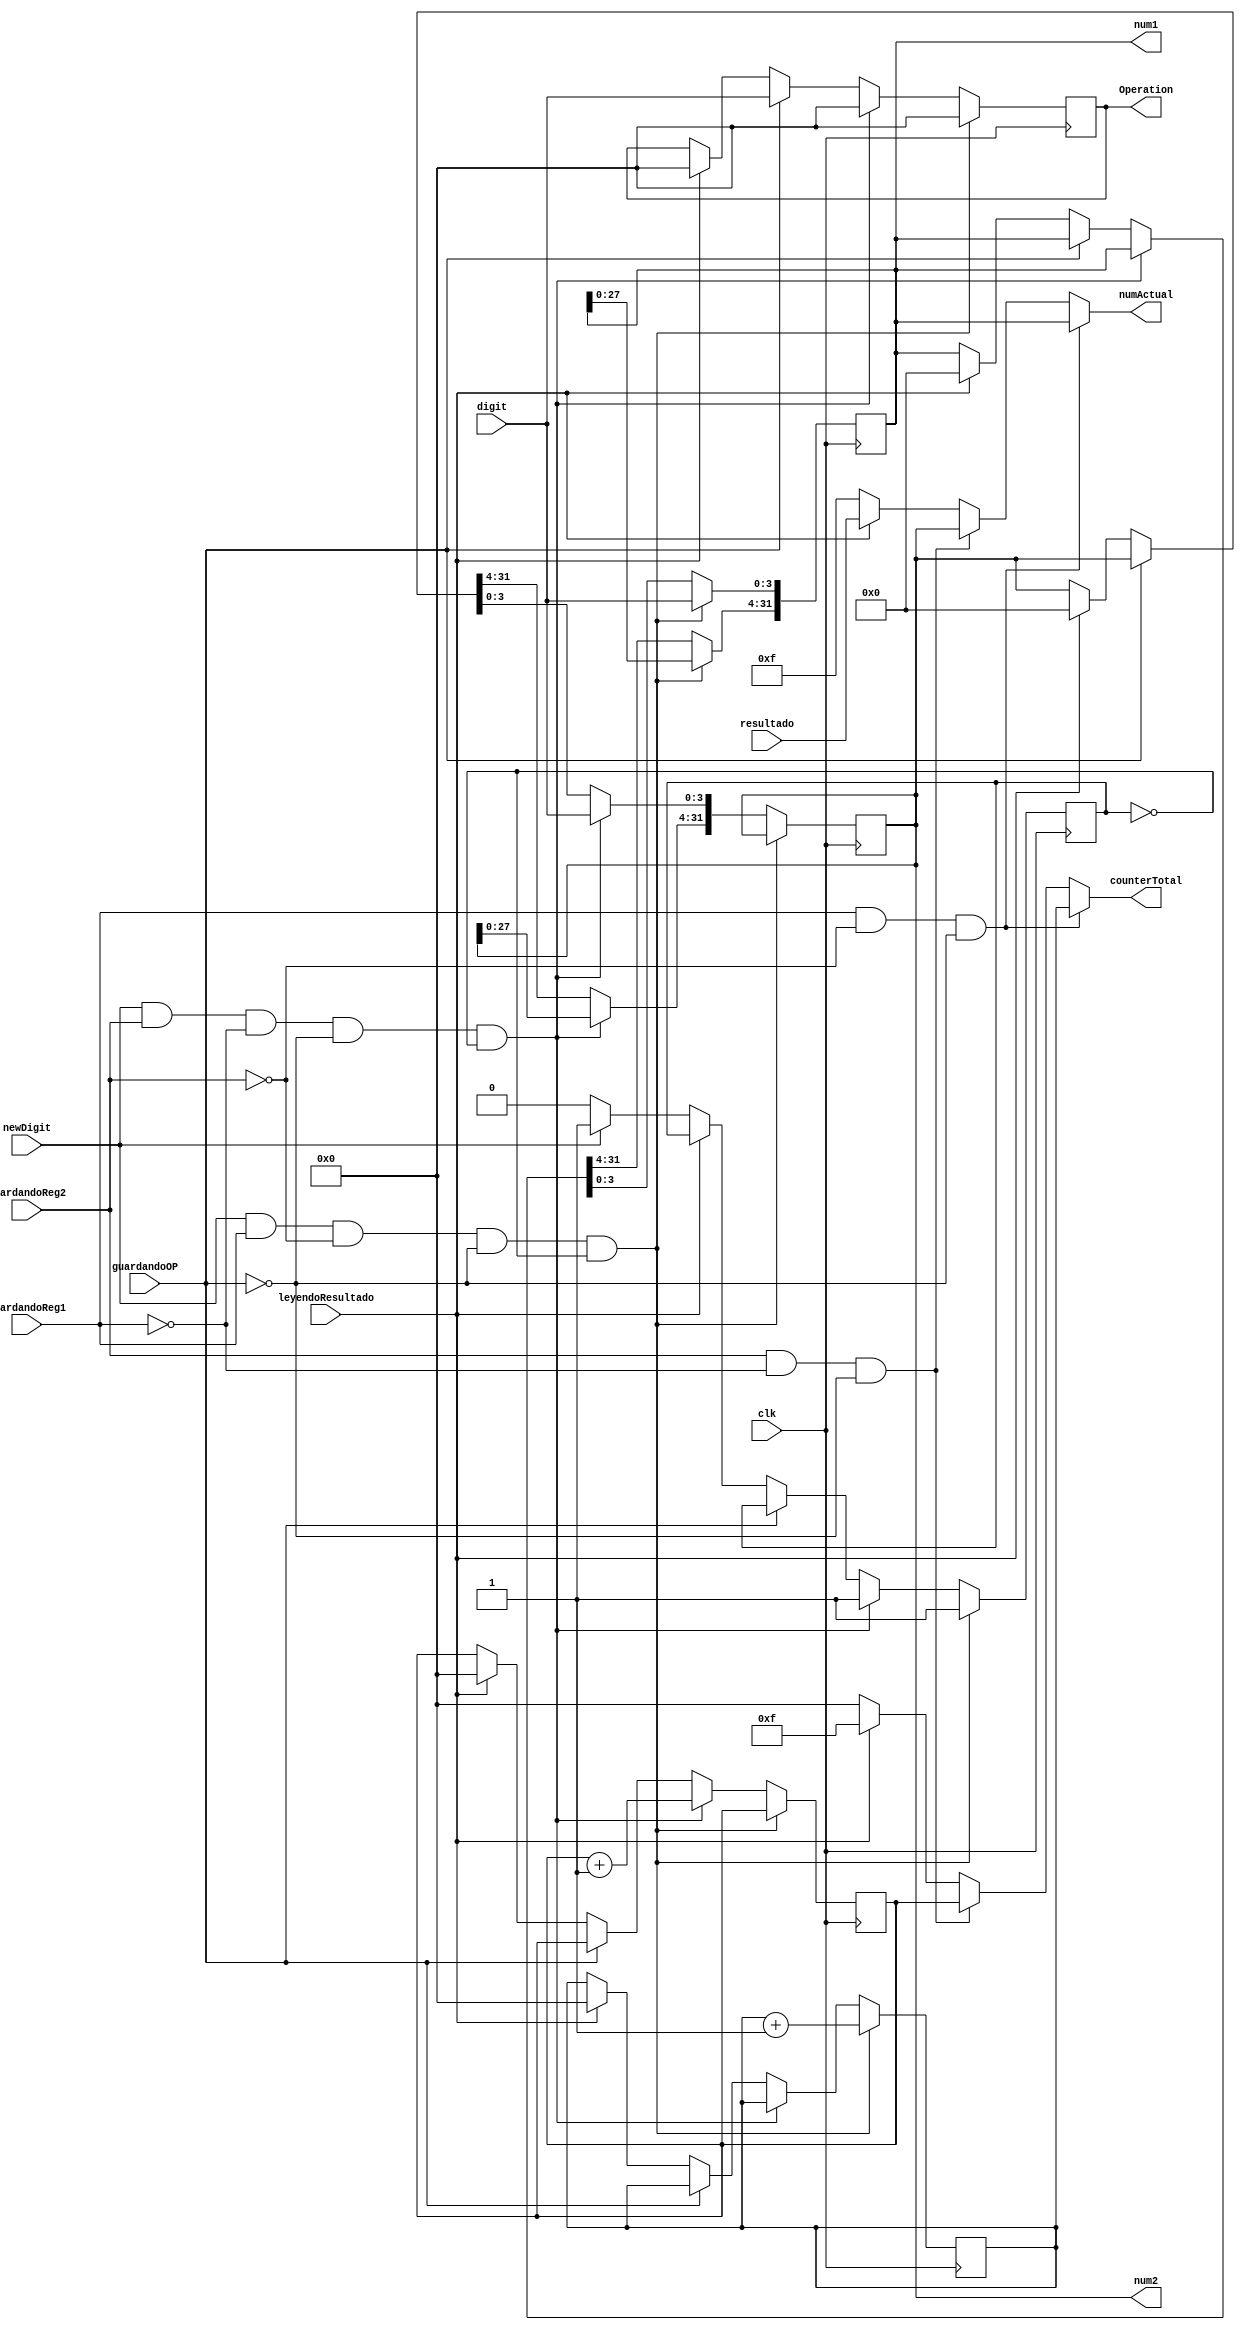
`timescale 1ns / 1ps
//////////////////////////////////////////////////////////////////////////////////
// Company: 
// Engineer: 
// 
// Design Name: 
// Module Name:    NumberMemory 
// Project Name: 
// Target Devices: 
// Tool versions: 
// Description: 
//
// Dependencies: 
//
// Revision: 
// Revision 0.01 - File Created
// Additional Comments: 
//
//////////////////////////////////////////////////////////////////////////////////
module NumberMemory(
    input clk,
	 input newDigit,
	 input leyendoResultado,
	 input [31:0] resultado,
	 input [3:0] digit,
	 input guardandoReg2,
	 input guardandoReg1,
	 input guardandoOP,

    output wire [31:0] numActual,
	 output wire [31:0] num1,
	 output wire [31:0] num2,
	 output wire [3:0] Operation,
	 output wire [3:0] counterTotal
    );	 
	 reg [31:0] num1Aux = 0;
	 reg [31:0] num2Aux = 0;
	 //reg [3:0] OPAux = 0;
	 reg [3:0] counterTotalAux1 = 0;
	 reg [3:0] counterTotalAux2 = 0;
	 reg [3:0] Operation_Aux = 0;
	 reg entro = 1'b0;
	 
	 always @(posedge clk)
		begin
			if(newDigit & guardandoReg1 & ~guardandoReg2 &~ guardandoOP &~entro)
				begin
					entro = 1'b1;
					counterTotalAux1 = counterTotalAux1 + 1'b1;
					num1Aux = num1Aux << 4;
					num1Aux[3:0] = digit;			
					Operation_Aux = 32'b0;
				end
			else if(newDigit & guardandoReg2 & ~guardandoReg1 &~ guardandoOP & ~entro)
				begin
					entro = 1'b1;				
					counterTotalAux2 = counterTotalAux2 + 1'b1;
					num2Aux = num2Aux << 4;
					num2Aux[3:0] = digit;
					Operation_Aux = 32'b0;
				end
			else if(guardandoOP)
				begin
					Operation_Aux = digit;		
				end
			else
				begin
					if(leyendoResultado)
						begin
							num1Aux = 32'b0;
							num2Aux = 32'b0;
							Operation_Aux = 32'b0;
							counterTotalAux1 = 32'b0;
							counterTotalAux2 = 32'b0;
						end
					else
						if(newDigit)
							entro = 1'b1;
						else
							entro = 1'b0;
				end
		end			
		
	assign numActual = (guardandoReg1 & ~guardandoReg2 &~ guardandoOP) ? num1Aux:
							 (guardandoReg2 & ~guardandoReg1 &~ guardandoOP) ? num2Aux:
							 (leyendoResultado)  ? resultado:
							 32'd15;
							 
	assign counterTotal = (guardandoReg1 & ~guardandoReg2 &~ guardandoOP) ?  counterTotalAux1:
								 (guardandoReg2 & ~guardandoReg1 &~ guardandoOP) ?  counterTotalAux2:
								 (leyendoResultado)  ? 4'b1111:
								 4'b0;
								 
	assign num1 = num1Aux;
	assign num2 = num2Aux;
	assign Operation = Operation_Aux;								 
								

endmodule